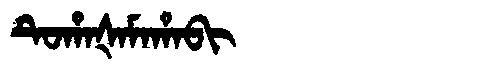
Manchu: ᡨᡠᡥᠠᡧᠠᠮᠠᡥᠠᠪᡳ
Romanization: TUHAŠAMAHABI